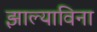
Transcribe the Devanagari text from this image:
झाल्याविना